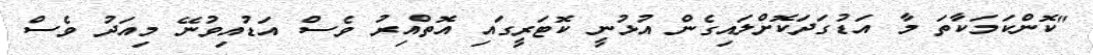
"ކޮންކަމަކާތަ މާ އަޑުގަދަކޮށްލައިގެން އުޅުނީ ކޮޓަރީގައި އޮތްއިރު ވެސް އަޑުއިވުނޭ މިއަދު ވެސް